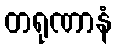
တရုဏာနံ